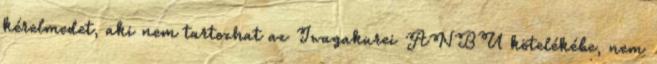
kérelmedet, aki nem tartozhat az Iwagakurei ANBU kötelékébe, nem